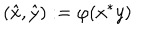
\left( \hat { x } , \hat { y } \right) : = \varphi ( x ^ { * } y )